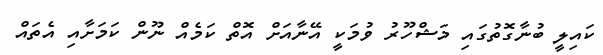
ކައިލީ ބުނާގޮތުގައި މަޝްހޫރު ވުމަކީ އޭނާއަށް އޮތް ކަމެއް ނޫން ކަމަށާއި އެތައް